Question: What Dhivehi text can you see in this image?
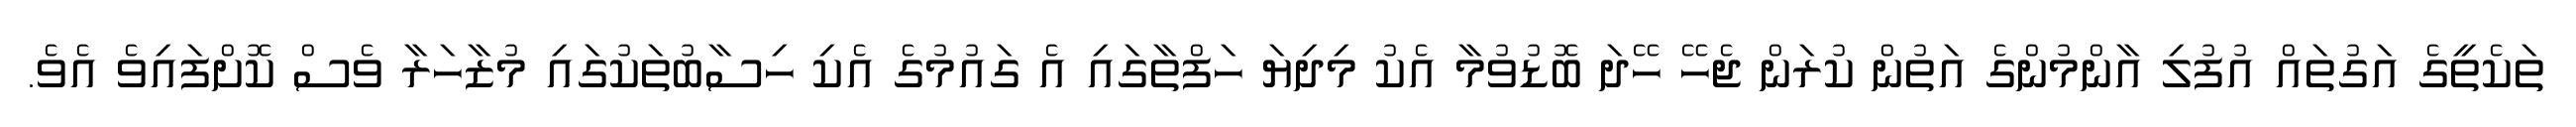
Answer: ތަކެތީގެ އަގުތައް އުފުލި އާންމުންގެ އަތުން ކުރަން ޖެހޭ ހޭދަ ބޮޑުވުމާ އެކު މިދިޔަ ހަފްތާގައި އެ ގައުމުގެ އެކި ހިސާބުތަކުގައި މުޒާހަރާ ވެސް ކޮށްފައިވެ އެވެ.